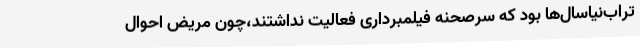
تراب‌نیاسال‌ها بود که سرصحنه فیلمبرداری فعالیت نداشتند،چون مریض احوال